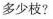
多少枝?